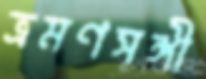
ভ্রমণসঙ্গী